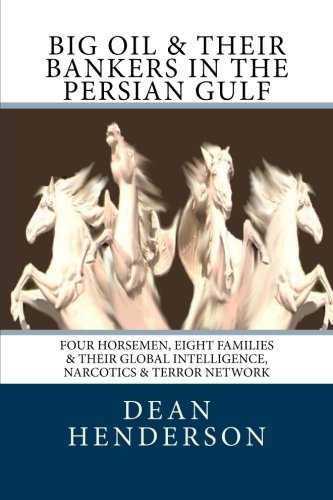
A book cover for Big Oil & Their Bankers In The Persian Gulf: Four Horsemen, Eight Families & Their Global Intelligence, Narcotics & Terror Network; Dean Henderson; History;